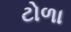
ટોળા